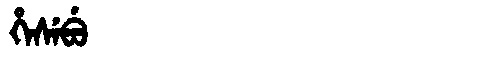
Manchu: ᡥᡝᠰᡝᠪᡠ
Romanization: HESEBU